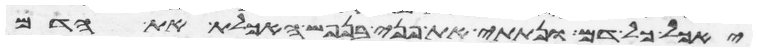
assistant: יאכל כל דם ונתתי את פני בנפש האכלת את הדם